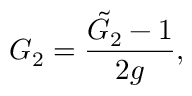
G _ { 2 } = \frac { { \tilde { G } } _ { 2 } - 1 } { 2 g } ,